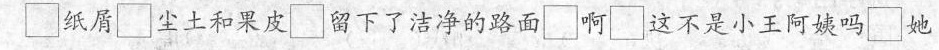
□纸屑□尘土和果皮□留下了洁净的路面啊□这不是小王阿姨吗□她